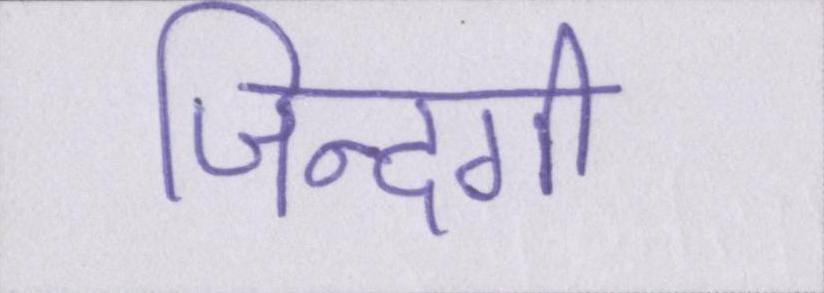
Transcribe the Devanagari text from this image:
जिन्दगी